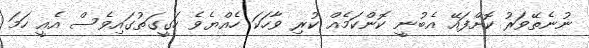
ނުނެތޭވަރު ކޮށްފައޭ އެބުނީ ކޮންކަމެއް ކުރި ވާހަކަ ހެއްޔެވެ ހަގީގަތުގައިވެސް އެއީ ހަމަ